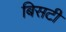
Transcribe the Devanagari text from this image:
बिसटी